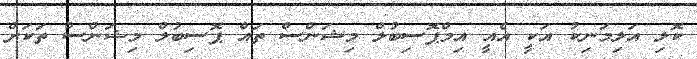
ކޮލި އަލިމަނިކު އަކީ އެއީ އިމްޕޮސިބުލް މިޝަންސް ތައް ޕޮސިބުލް މިޝަންސް ތަކަށް